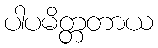
ပါပမိတ္တတာယ